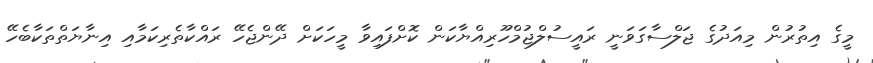
މީގެ އިތުރުން މިއަދުގެ ޖަލްސާގަވަނީ ރައީސުލްޖުމްހޫރިއްޔާކަން ކޮށްފައިވާ މީހަކަށް ދޭންޖެހޭ ރައްކާތެރިކަމާއި އިނާޔަތްތަކާބެހޭ